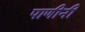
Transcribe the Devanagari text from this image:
पाणीनी